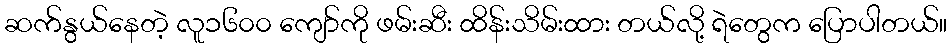
ဆက်နွယ်နေတဲ့ လူ၁၆၀၀ ကျော်ကို ဖမ်းဆီး ထိန်းသိမ်းထား တယ်လို့ ရဲတွေက ပြောပါတယ်။